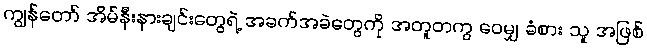
ကျွန်တော် အိမ်နီးနားချင်းတွေရဲ့ အခက်အခဲတွေကို အတူတကွ ဝေမျှ ခံစား သူ အဖြစ်